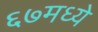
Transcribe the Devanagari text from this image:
६७मध्ये